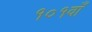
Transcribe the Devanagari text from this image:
१०१वाँ